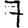
Digit: 7